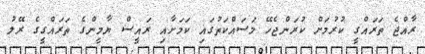
ރާއްޖެ ތަރައްގީ ކުރުމަށް ކުރަންޖެހޭ މަސައްކަތުގައި ކަމަށާއި ރައީސް ޔާމީންގެ ތަރައްގީގެ ރޭލު